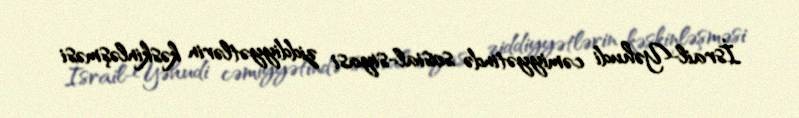
İsrail-Yəhudi cəmiyyətində sosial-siyasi ziddiyyətlərin kəskinləşməsi